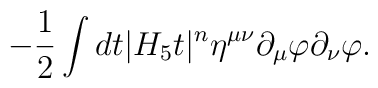
-{1\over 2} \int dt |H_5 t|^n \eta^{\mu \nu} \partial_{\mu}\varphi\partial_\nu \varphi.